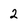
Character: 2